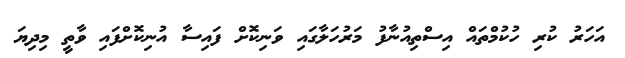
އަހަރު ކުރި ހުކުމްތައް އިސްތިއުނާފު މަރުހަލާގައި ވަނިކޮށް ފައިސާ އުނިކޮށްފައި ވާތީ މިދިޔަ